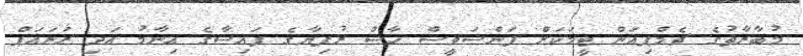
މުބާރާތުގެ ޗެމްޕިއަން ޓީމަކަށް ފަންސަވީސް ހާސް ރުފިޔާގެ ފައިސާގެ އިނާމު އަދި ރަނައަޕް